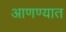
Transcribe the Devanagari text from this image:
आणण्यात